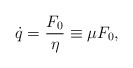
\begin{align*}\dot{q} = \frac{F_{0}}{\eta} \equiv \mu{F_{0}},\end{align*}